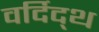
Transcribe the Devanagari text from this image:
वर्दिद्थ